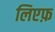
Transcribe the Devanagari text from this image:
लिएफ़